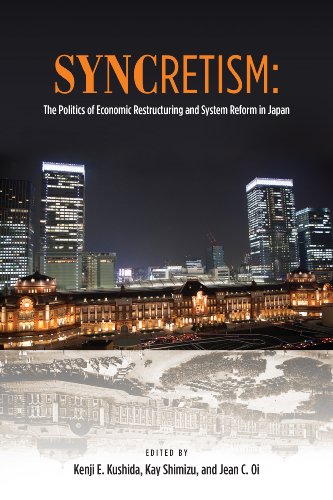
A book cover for Syncretism: The Politics of Economic Restructuring and System Reform in Japan; Business & Money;